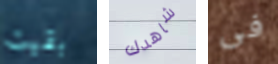
بقيت شاهدك فى